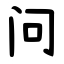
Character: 问